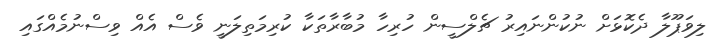
ލިވަޕޫލާ ދެކޮޅަށް ނުކުންނައިރު ޗެލްސީން ހުރިހާ މުބާރާތަކާ ކުރިމަތިލަނީ ވެސް އެއް ވިސްނުމެއްގައި